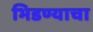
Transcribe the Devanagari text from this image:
भिडण्याचा